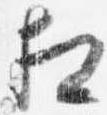
相